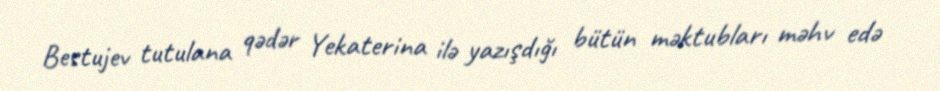
Bestujev tutulana qədər Yekaterina ilə yazışdığı bütün məktubları məhv edə